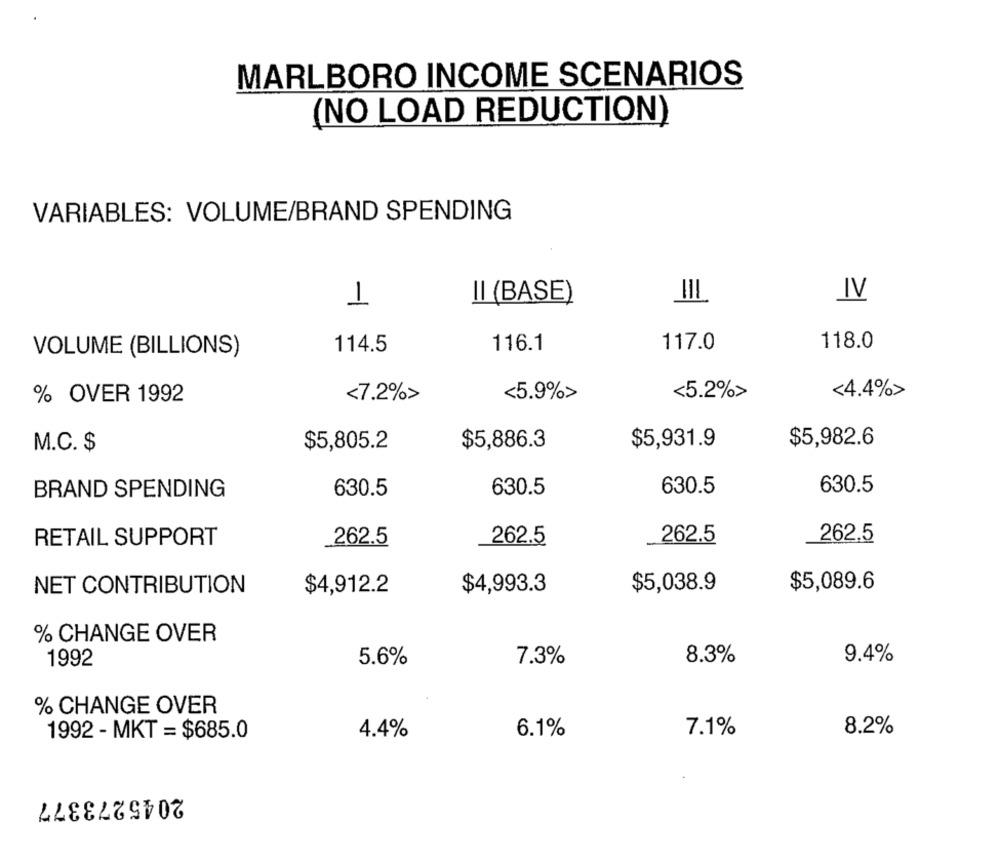
MARLBORO INCOME SCENARIOS
(NO LOAD REDUCTION)
VARIABLES: VOLUME/BRAND SPENDING
1
II (BASE)
IV
118.0
VOLUME (BILLIONS)
114.5
116.1
117.0
<7.2%>
<5.9%>
<5.2%>
<4.4%>
% OVER 1992
$5,982.6
M.C. $
$5,805.2
$5,886.3
$5,931.9
630.5
630.5
630.5
630.5
BRAND SPENDING
RETAIL SUPPORT
262.5
262.5
262.5
262.5
$5,038.9
$5,089.6
NET CONTRIBUTION
$4,912.2
$4,993.3
% CHANGE OVER
1992
5.6%
7.3%
8.3%
9.4%
% CHANGE OVER
1992 - MKT = $685.0
6.1%
7.1%
8.2%
4.4%
2045273377